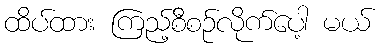
ထိပ်ထား ကြည့်စီစဉ်လိုက်ပေါ့ မယ်